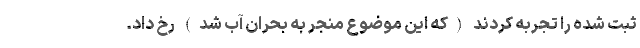
ثبت شده را تجربه کردند (که این موضوع منجر به بحران آب شد) رخ داد.